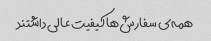
همه‌ی سفارش‌ها کیفیت عالی داشتند